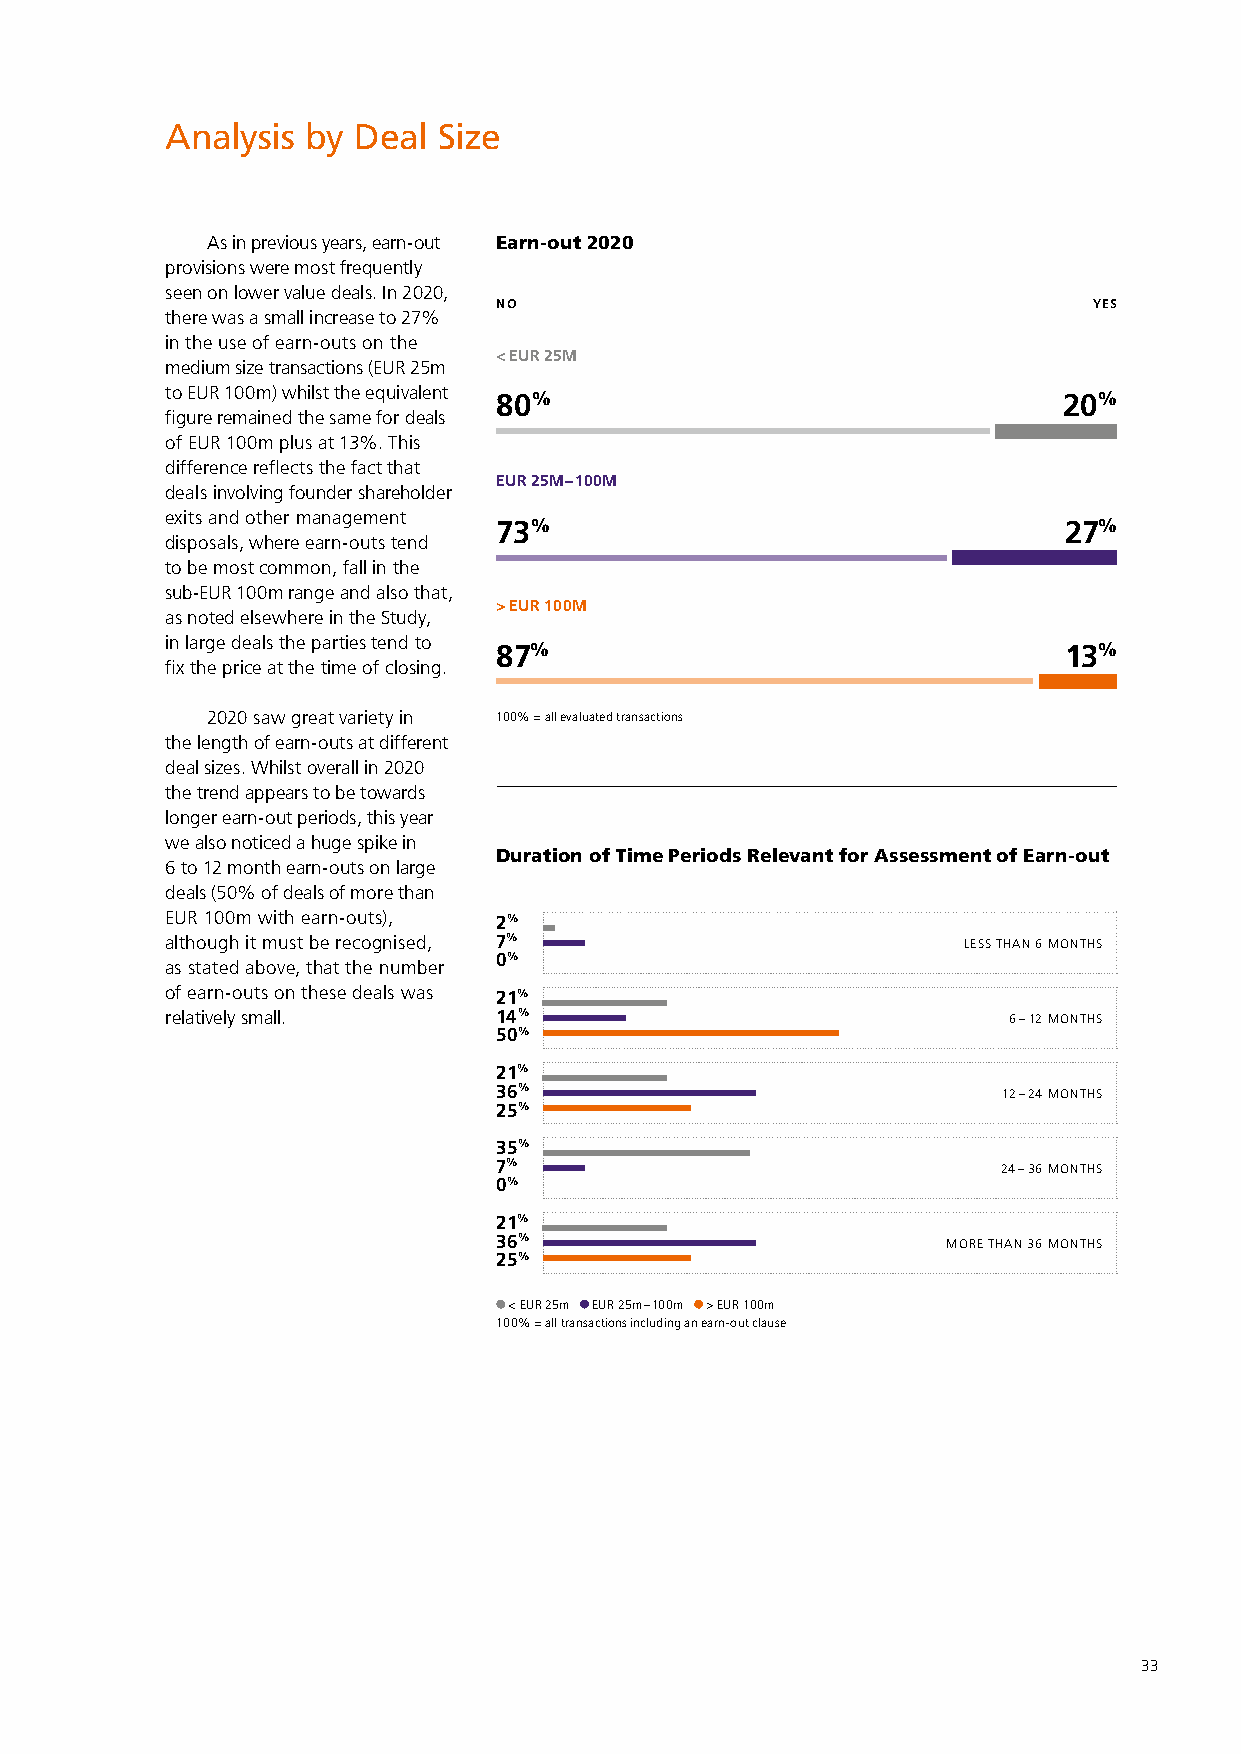
Analysis by Deal  Size
 As in previous years, earn-out Earn-out 2020
 provisions were most frequently
 seen on lower value deals. In 2020,
 NO                                     YES
 there was a small increase to 27%
 in the use of earn-outs on the
 < EUR 25M
 medium size transactions (EUR 25m
 to EUR 100m) whilst the equivalent 80%                     20%
 figure remained the same for deals
 of EUR 100m plus at 13%. This
 difference reflects the fact that
 EUR 25M – 100M
 deals involving founder shareholder
 exits and other management
 73%                                  27%
 disposals, where earn-outs tend
 to be most common, fall in the
 sub-EUR 100m range and also that,
 > EUR 100M
 as noted elsewhere in the Study,
 in large deals the parties tend to
 87%                                  13%
 fix the price at the time of closing.
 2020 saw great variety in 100% = all evaluated transactions
 the length of earn-outs at different
 deal sizes. Whilst overall in 2020
 the trend appears to be towards
 longer earn-out periods, this year
 we also noticed a huge spike in
 Duration of Time Periods Relevant for Assessment of Earn-out
 6 to 12 month earn-outs on large
 deals (50% of deals of more than
 EUR 100m with earn-outs), 2%
 although it must be recognised, 7%                   LESS THAN 6 MONTHS
 0%
 as stated above, that the number
 of earn-outs on these deals was 21%
 relatively small.     14%                               6 – 12 MONTHS
 50%
 21%
 36%                              12 – 24 MONTHS
 25%
 35%
 7%                               24 – 36 MONTHS
 0%
 21%
 36%                           MORE THAN 36 MONTHS
 25%
 < EUR 25m EUR 25m – 100m > EUR 100m
 100 % = all transactions including an earn-out clause
 33